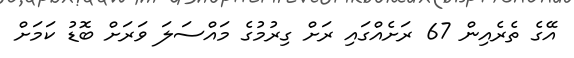
އޭގެ ތެރެއިން 67 ރަށެއްގައި ރަށް ގިރުމުގެ މައްސަލަ ވަރަށް ބޮޑު ކަމަށް